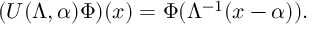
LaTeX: ( U ( \Lambda , \alpha ) \Phi ) ( x ) = \Phi ( \Lambda ^ { - 1 } ( x - \alpha ) ) .